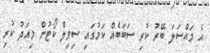
އެ މައްސަލަ ބޭރު ކުރި ސަބަބެއް ކަމުގައި ސިވިލް ކޯޓުން މިއަދު ކުރި